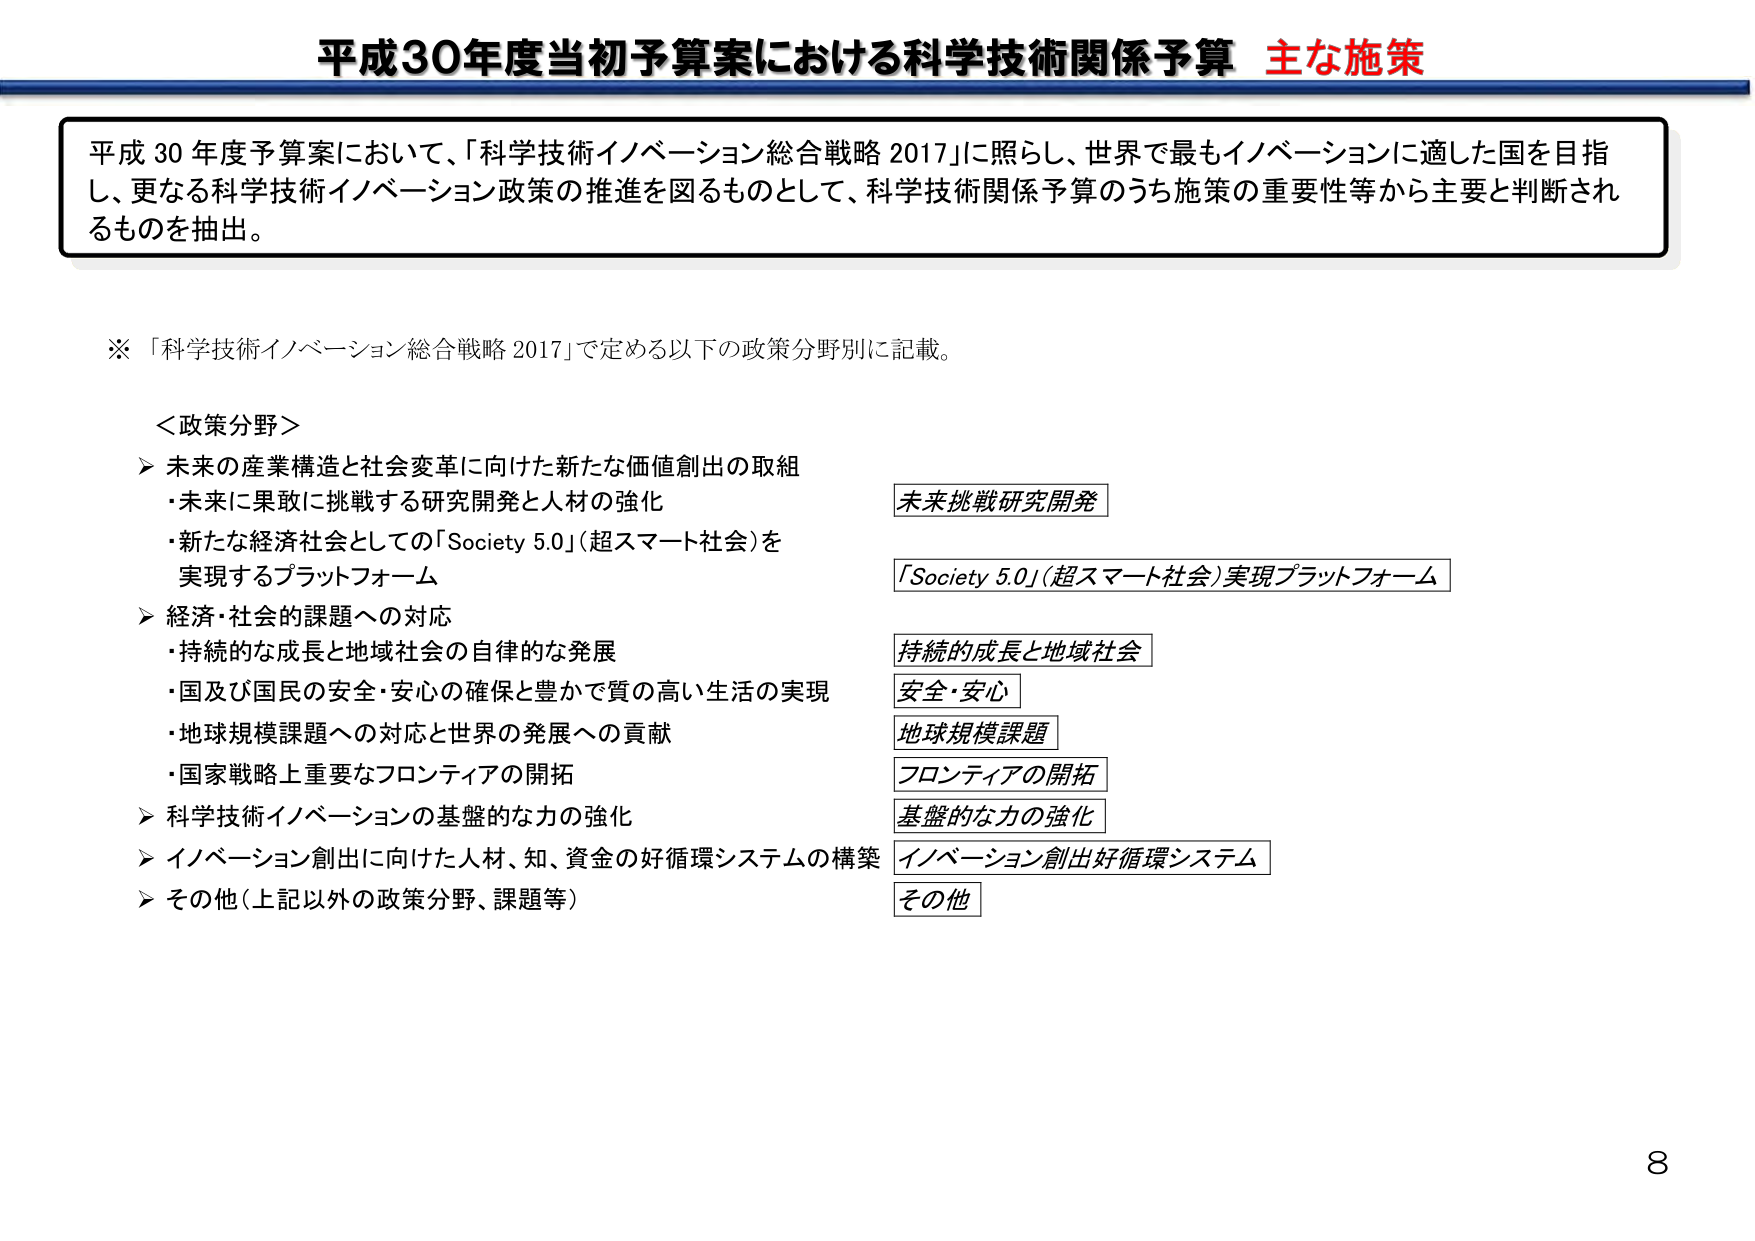
平成30年度当初予算案における科学技術関係予算 主な施策

平成30年度予算案において、「科学技術イノベーション総合戦略2017」に照らし、世界で最もイノベーションに適した国を目指し、更なる科学技術イノベーション政策の推進を図るものとして、科学技術関係予算のうち施策の重要性等から主要と判断されるものを抽出。

※「科学技術イノベーション総合戦略2017」で定める以下の政策分野別に記載。

＜政策分野＞
➤ 未来の産業構造と社会変革に向けた新たな価値創出の取組
・未来に果敢に挑戦する研究開発と人材の強化
・新たな経済社会としての「Society 5.0」（超スマート社会）を実現するプラットフォーム

➤ 経済・社会的課題への対応
・持続的な成長と地域社会の自律的な発展
・国及び国民の安全・安心の確保と豊かで質の高い生活の実現
・地球規模課題への対応と世界の発展への貢献
・国家戦略上重要なフロンティアの開拓

➤ 科学技術イノベーションの基盤的な力の強化

➤ イノベーション創出に向けた人材、知、資金の好循環システムの構築

➤ その他（上記以外の政策分野、課題等）

未来挑戦研究開発
「Society 5.0」（超スマート社会）実現プラットフォーム
持続的成長と地域社会
安全・安心
地球規模課題
フロンティアの開拓
基盤的な力の強化
イノベーション創出好循環システム
その他

8